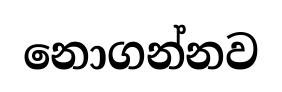
නොගන්නව